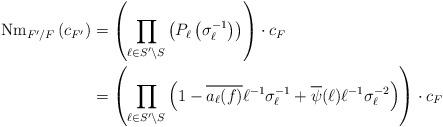
LaTeX: \begin{align*}\mathrm{Nm}_{F'/F} \left( c_{F'} \right) & = \left( \prod_{\ell \in S' \setminus S} \left( P_\ell \left( \sigma^{-1}_\ell \right) \right) \right) \cdot c_F \\&= \left( \prod_{\ell \in S' \setminus S} \left( 1 - \overline{a_\ell(f)}\ell^{-1} \sigma^{-1}_\ell + \overline{\psi}(\ell)\ell^{-1} \sigma^{-2}_\ell \right) \right) \cdot c_F\end{align*}